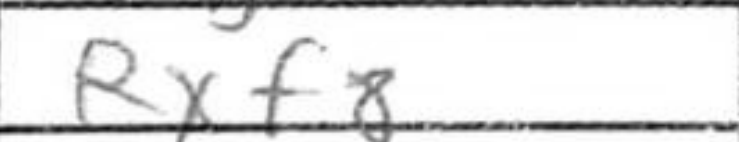
Transcription: Rxf8